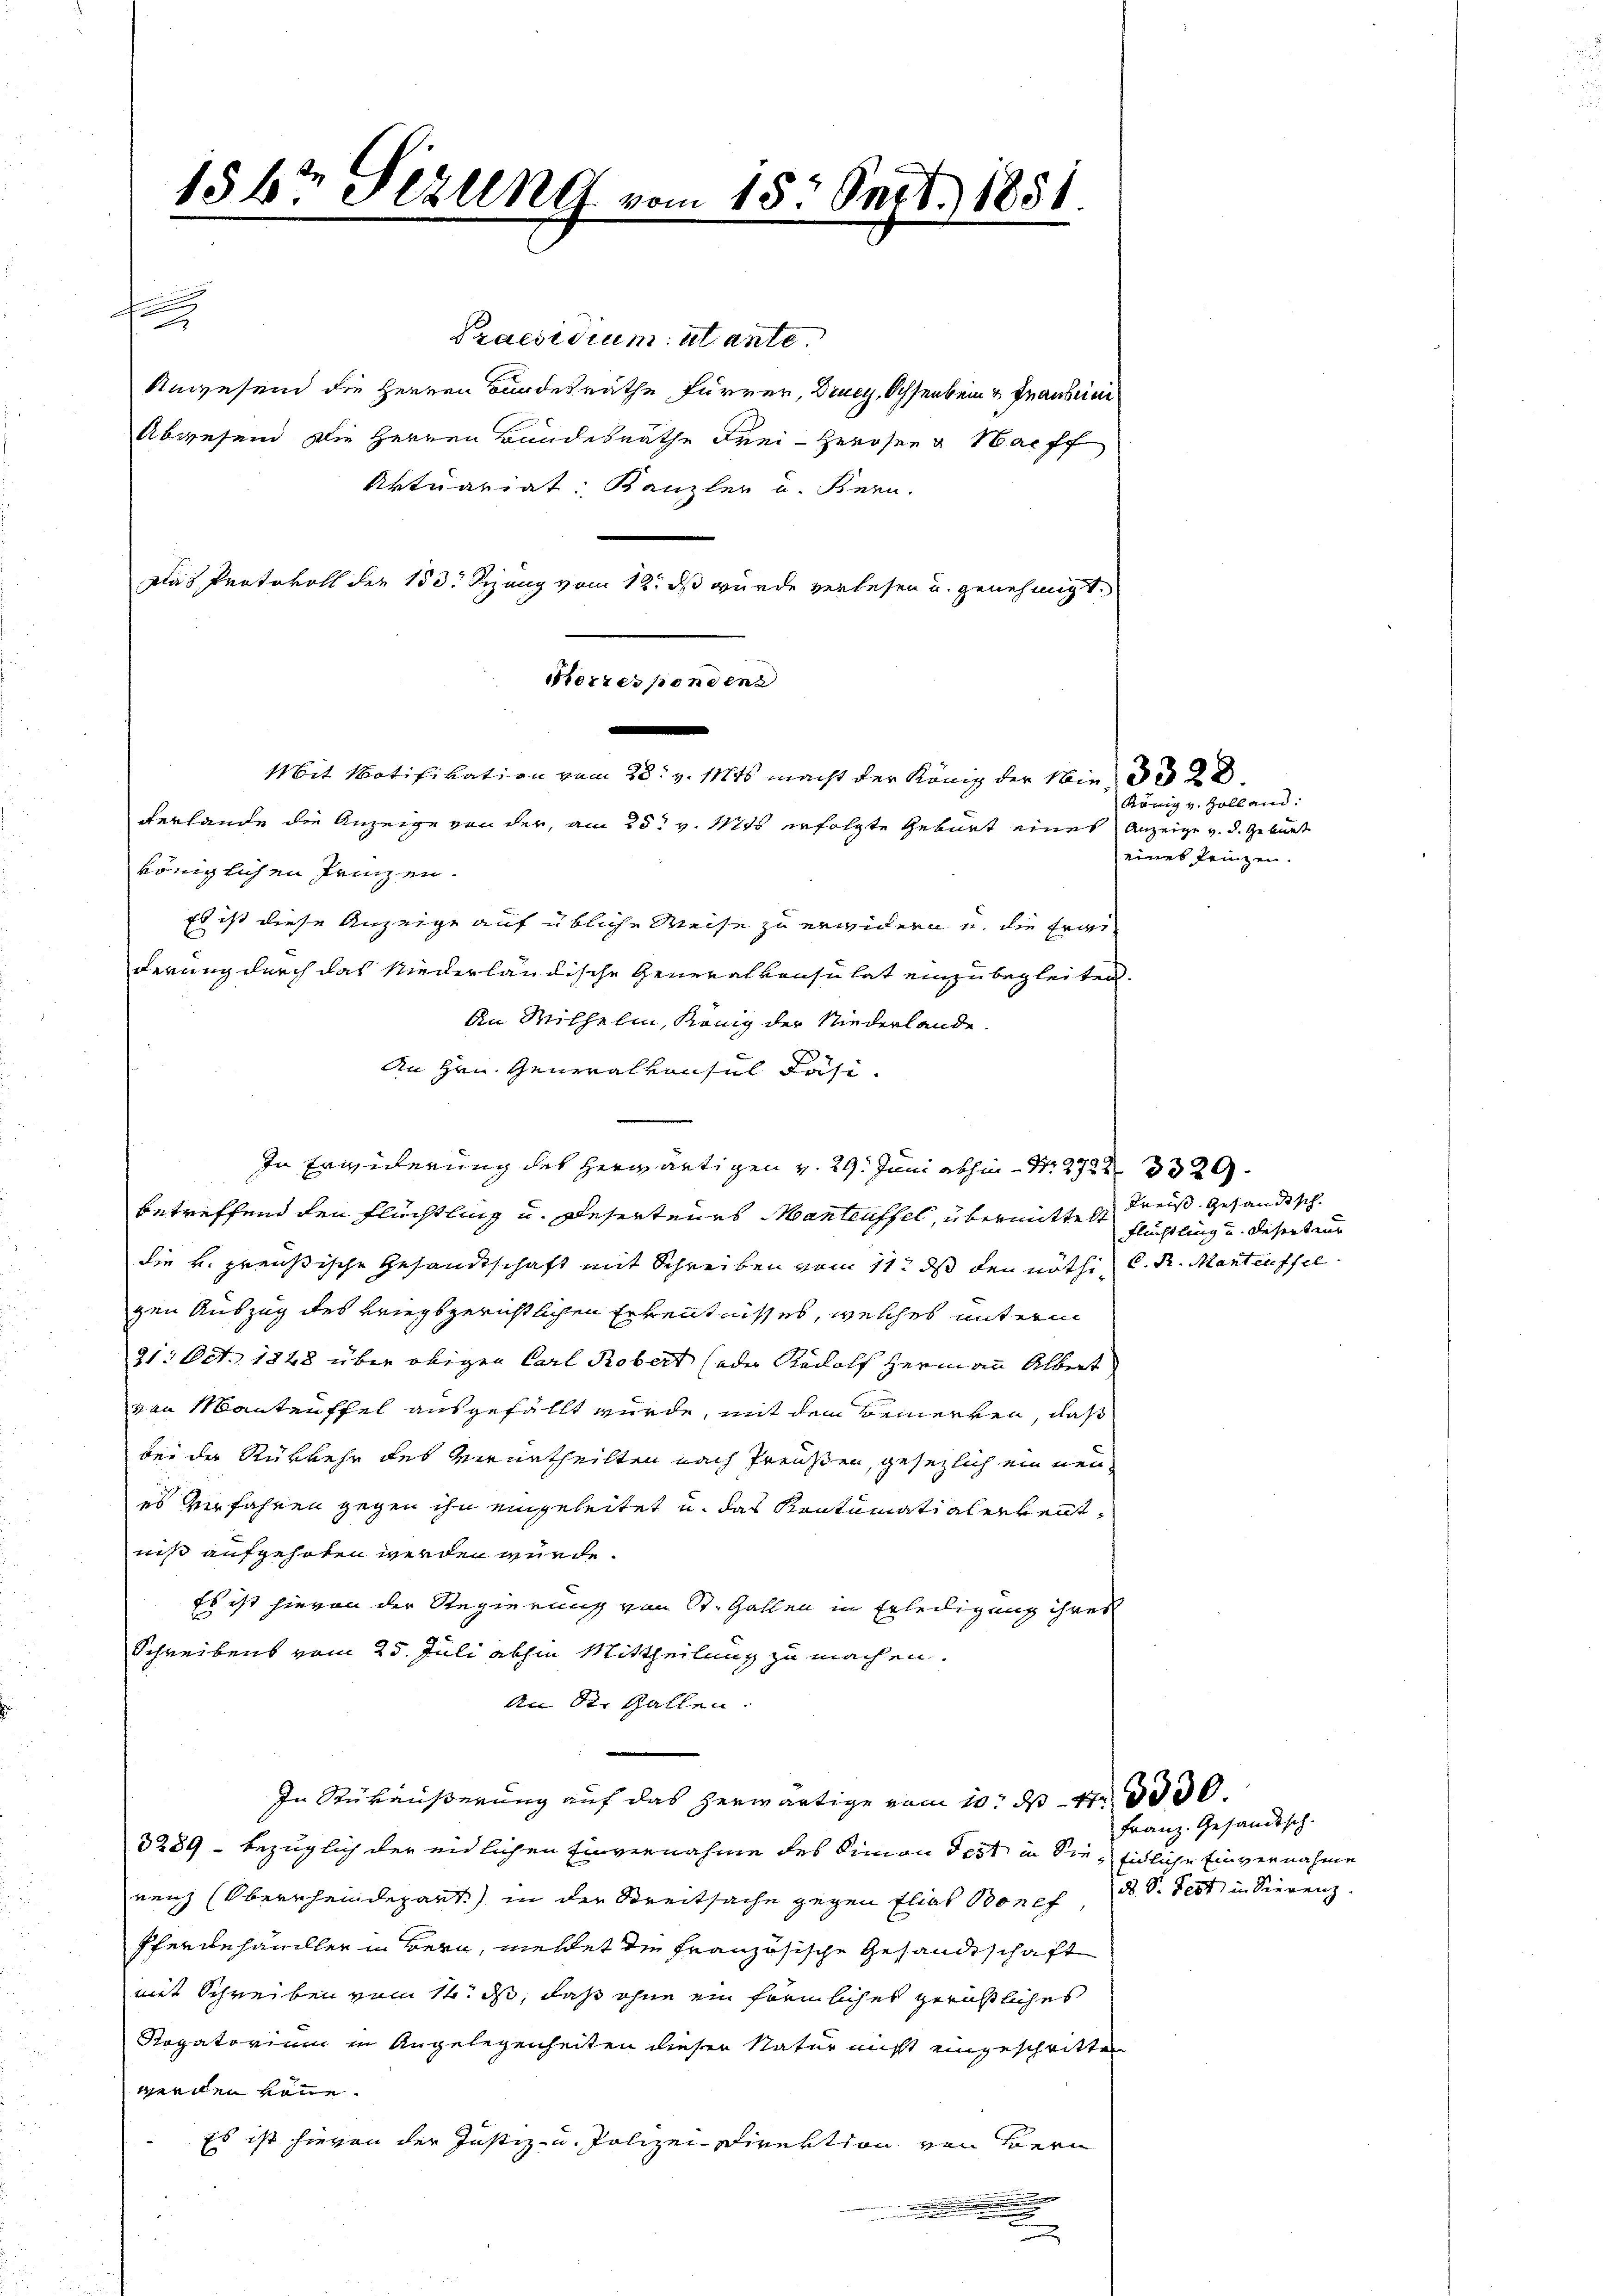
1567 Sezung vom 15. Sept. 1851.
d
Kerter pendene
.
Mit Notifikation vom 28. v. Mts. macht der König der Wie
verlande die Anzeige von der, am 25t v. Mts erfolgte Geburt eines Anzeige und d. Geburt
königlichen Franzen.

Praesidium utante.
Anwesend die Herren Bundesrathe Furrer, Drey, Ochsenbein & Trauben
Abwesend die Herren Bandesräthe Frei- Herosen & Nachf
Aktuariat: Kanzler u. Bern.
Das Protokoll der 150. Sizung vom 12. ds wurde verlesen und genehmigt.

Es ist diese Anzeige auf übliche Weise zu erwidern u. die Ergederung durch das Niederländische Generalkonsulat einzubegleiten.
An Mithelm, König der Niederlande.
An Hrn. Generalkonsul Fäsi-
s
In Erwiderung des herwärtigen v. 29. Juni abhin Nr. 272 3329
betreffend den Flüchtling u. Deserteurs Manteuffel, übermittelt dreiß gesandtsch
die v. preußische Gesandtschaft mit Schreiben vom 11. ds den nöthig C. R. Manteuffel
gen Auszug des kriegsgerichtlichen Erkenntnisses, welches untern
21. Oct. 1848 über obigen Carl Robert (oder Rudolf Hermann Albert
van Manteuffel ausgefällt würde, mit dem Bemerken, daß
bei der Rükkehr des Verurtheilten nach Preußen, gesezlich ein neu
es verfahren gegen ihn eingeleitet u. das Kontumatialerkenntniß aufgehoben werden würde.
Es ist hievon der Regierung von St. Gallen in Erledigung ihres
Schreibens vom 25. Juli abhin Mittheilung zu machen.
An St. Gallen.
In Rükäußerung auf das herwärtige vom 10. d. 13000.
3289 - bezüglich der eidlichen Einvernahme des Simon dest in Sie, eidliche Einvernahme
renz (Oberrheindepart) in den Streitsache gegen Elias Bonef, B. S. Fest in Sierenz
Pferdehandler in Bern, meldet die französische Gesandtschaft
mit Schreiben vom 14. ds, daß ohne ein förmliches gerichtliches
Rogatorium in Angelegenheiten dieser Natur nicht eingeschritte
werden könne.
Es ist hievon der Justiz- u. Polizei Direktion von Bern
.
d

König v. Zolland:
eines Leinzen.

Flüchtling und diesenteur

Franz. Gesandtsch.